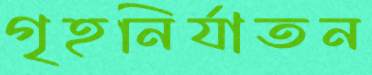
গৃহনির্যাতন